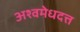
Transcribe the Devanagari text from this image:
अश्वमेधदत्त